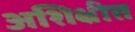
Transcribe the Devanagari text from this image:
अशिक्षीत